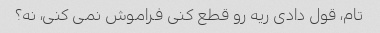
تام، قول دادی ریه رو قطع کنی فراموش نمی کنی، نه؟